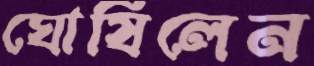
ঘোষিলেন